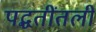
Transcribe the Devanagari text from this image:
पद्धतींतली